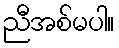
ညီအစ်မပါ။